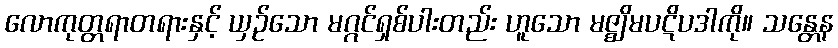
လောကုတ္တရာတရားနှင့် ယှဉ်သော မဂ္ဂင်ရှစ်ပါးတည်း ဟူသော မဇ္ဈိမပဋိပဒါကို။ သန္တေန